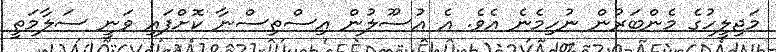
މަޖިލީހުގެ މެންބަރުން ނުހިމެނެ އެވެ. އެ އުސޫލުން އިސްތިސްނާ ކޮށްފައި ވަނީ ސަލާމަތީ